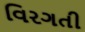
વિરગતી